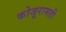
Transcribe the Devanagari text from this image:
कोजूरामती